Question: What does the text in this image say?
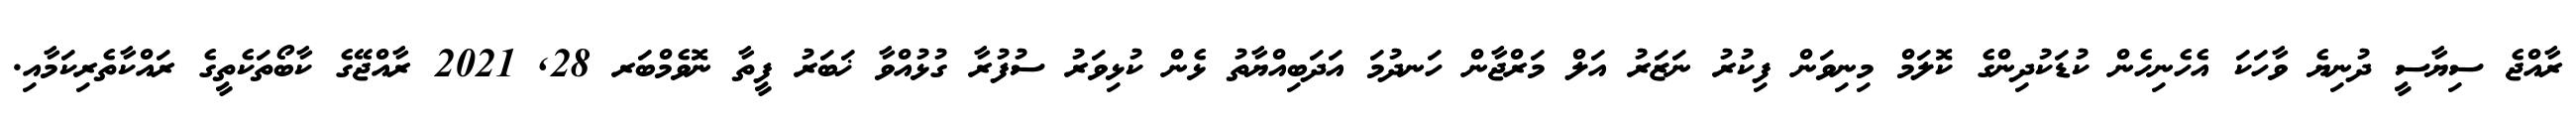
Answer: ރާއްޖެ ސިޔާސީ ދުނިޔެ ވާހަކަ އެހެނިހެން ކުޑަކުދިންގެ ކޮލަމް މިނިވަން ފިކުރު ނަޒަރު އަލް މަރްޖާން ހަނދުމަ އަދަބިއްޔާތު ޅެން ކުޅިވަރު ސުފުރާ ގުޅުއްވާ ޚަބަރު ފީތާ ނޮވެމްބަރ 28, 2021 ރާއްޖޭގެ ކާބޯތަކެތީގެ ރައްކާތެރިކަމާއި.